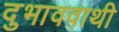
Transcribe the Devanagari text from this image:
दुभाववाथी